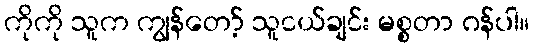
ကိုကို သူက ကျွန်တော့် သူငယ်ချင်း မစ္စတာ ဂန်ပါ။